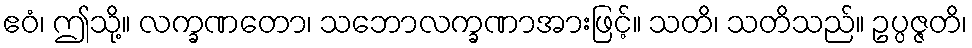
ဧဝံ၊ ဤသို့။ လက္ခဏတော၊ သဘောလက္ခဏာအားဖြင့်။ သတိ၊ သတိသည်။ ဥပ္ပဇ္ဇတိ၊